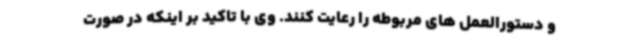
و دستورالعمل های مربوطه را رعایت کنند. وی با تاکید بر اینکه در صورت